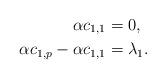
LaTeX: \begin{align*} \alpha c_{1,1} & = 0 , \\ \alpha c_{1,p} - \alpha c_{1,1} & = \lambda_1 . \end{align*}